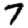
Digit: 7